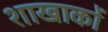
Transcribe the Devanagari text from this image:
शाखाकों